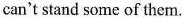
can't stand some of them.